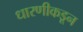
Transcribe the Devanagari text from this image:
धारणीकडून